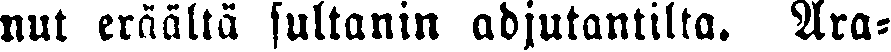
nut eräältä sultanin adjutantilta. Ara-